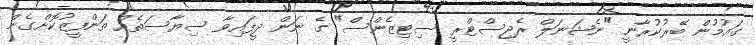
ގައުމުން ބޭރުކުރާނީ "ނެޝަނަލް ރެޖިސްޓްރީ ސިޓިޒެންސް" ގެ ނަން ދީފައިވާ ސިޔާސަތެއް ތަންފީޒުކޮށްގެން